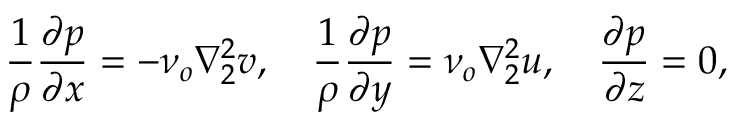
\frac { 1 } { \rho } \frac { \partial p } { \partial x } = - \nu _ { o } \nabla _ { 2 } ^ { 2 } v , \quad \frac { 1 } { \rho } \frac { \partial p } { \partial y } = \nu _ { o } \nabla _ { 2 } ^ { 2 } u , \quad \frac { \partial p } { \partial z } = 0 ,